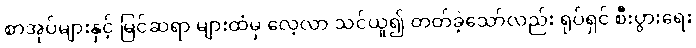
စာအုပ်များနှင့် မြင်ဆရာ များထံမှ လေ့လာ သင်ယူ၍ တတ်ခဲ့သော်လည်း ရုပ်ရှင် စီးပွားရေး